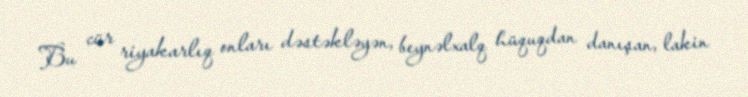
Bu cür riyakarlıq onları dəstəkləyən, beynəlxalq hüquqdan danışan, lakin